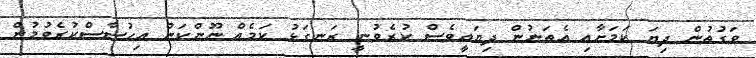
ވަގުތުން ދިޔަ ކަމަށާއި އެތަނުން ދިޔައީވެސް ކުރެވުނީ ރަނގަޅު ކަމެއް ނޫންކަން އިހުސާސްކުރެވުމުން